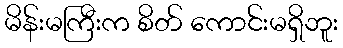
မိန်းမကြီးက စိတ် ကောင်းမရှိဘူး